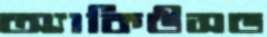
অ্যাকিউসড